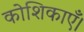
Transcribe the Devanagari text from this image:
कोशिकाएँ।